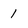
Character: 1